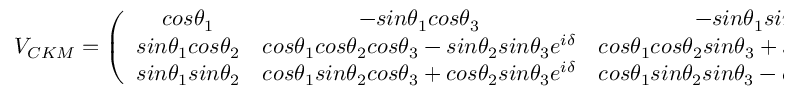
V _ { C K M } = \left( \begin{array} { c c c } { { c o s \theta _ { 1 } } } & { { - s i n \theta _ { 1 } c o s \theta _ { 3 } } } & { { - s i n \theta _ { 1 } s i n \theta _ { 3 } } } \\ { { s i n \theta _ { 1 } c o s \theta _ { 2 } } } & { { c o s \theta _ { 1 } c o s \theta _ { 2 } c o s \theta _ { 3 } - s i n \theta _ { 2 } s i n \theta _ { 3 } e ^ { i \delta } } } & { { c o s \theta _ { 1 } c o s \theta _ { 2 } s i n \theta _ { 3 } + s i n \theta _ { 2 } c o s \theta _ { 3 } e ^ { i \delta } } } \\ { { s i n \theta _ { 1 } s i n \theta _ { 2 } } } & { { c o s \theta _ { 1 } s i n \theta _ { 2 } c o s \theta _ { 3 } + c o s \theta _ { 2 } s i n \theta _ { 3 } e ^ { i \delta } } } & { { c o s \theta _ { 1 } s i n \theta _ { 2 } s i n \theta _ { 3 } - c o s \theta _ { 2 } c o s \theta _ { 3 } e ^ { i \delta } } } \end{array} \right)